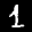
Label: 1